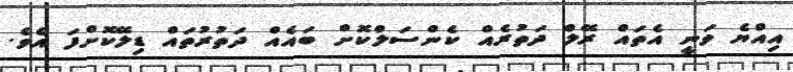
އިއްޔެ ވަނީ އެތައް ރޭލް ދަތުރެއް ކެންސަލްކޮށް ބައެއް ދަތުރުތައް ޑިލޭކޮށްފަ އެވެ.